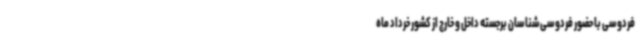
فردوسی با حضور فردوسی‌شناسان برجسته داخل و خارج از کشور خرداد ماه